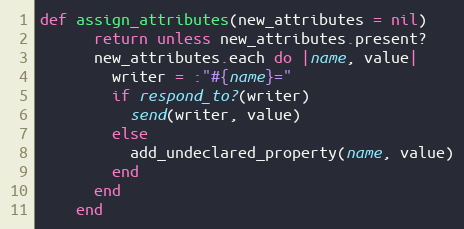
Language: Ruby
def assign_attributes(new_attributes = nil)
      return unless new_attributes.present?
      new_attributes.each do |name, value|
        writer = :"#{name}="
        if respond_to?(writer)
          send(writer, value)
        else
          add_undeclared_property(name, value)
        end
      end
    end